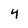
Character: 4